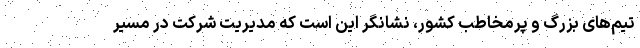
تیم‌های بزرگ و پرمخاطب کشور، نشانگر این است که مدیریت شرکت در مسیر